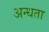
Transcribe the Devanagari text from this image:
अन्‍धता